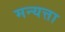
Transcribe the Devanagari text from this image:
मन्यत्ता